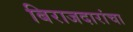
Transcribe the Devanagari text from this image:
बिराजदारांचा